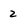
Character: 2